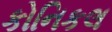
કોનિકલ